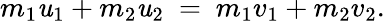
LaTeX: \, \! m_{1}\mathit{u}_{1}+m_{2}\mathit{u}_{2}\ =\ m_{1}v_{1}+m_{2}v_{2}.